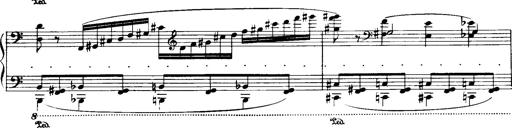
Title: Historische ungarische Bildnisse
Composer: Franz Liszt